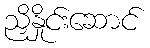
ညှိနှိုင်းဆောင်